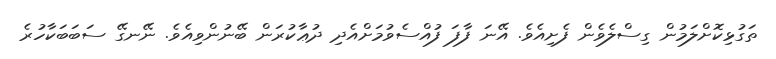
ތަގުޅިކޮށްލަމުން ގިސްލެވެން ފެށިއެވެ. އޭނަ ފާފަ ފުއްސެވުމަށްއެދި ދުޢާކުރަން ބޭނުންވިއެވެ. ނޭނގޭ ސަބަބަކާހުރެ